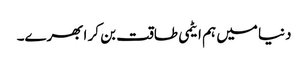
دنیا میں ہم ایٹمی طاقت بن کر ابھرے۔